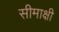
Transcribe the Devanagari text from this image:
सीमाक्षी